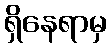
ရှိနေရာမှ